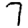
Digit: 7